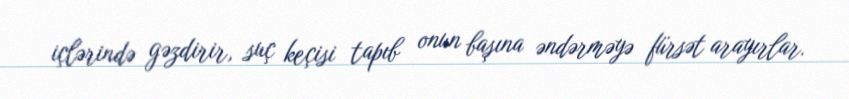
içlərində gəzdirir, suç keçisi tapıb onun başına əndərməyə fürsət arayırlar.